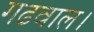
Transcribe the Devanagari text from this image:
गढवाल।